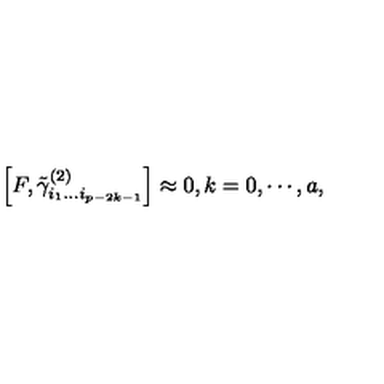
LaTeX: \left[ F , \tilde { \gamma } _ { i _ { 1 } \ldots i _ { p - 2 k - 1 } } ^ { ( 2 ) } \right] \approx 0 , k = 0 , \cdots , a ,